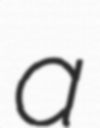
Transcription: a